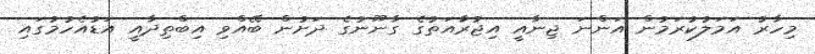
މިހާރު އަމަލުކުރަމުން އަންނަ ޖިނާއީ އިޖުރާައަތުގެ ގާނޫނުގެ ދަށުން ބޭއްވި އިބްތިދާއީ އަޑުއެހުމުގައި